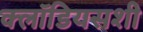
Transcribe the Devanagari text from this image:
क्लॉडियसशी